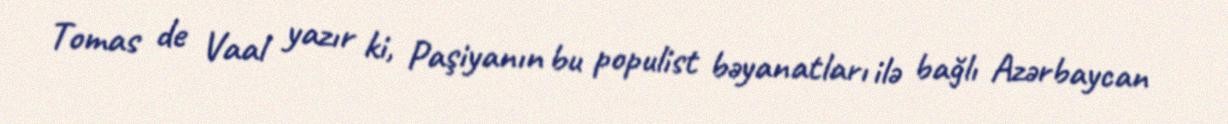
Tomas de Vaal yazır ki, Paşiyanın bu populist bəyanatları ilə bağlı Azərbaycan